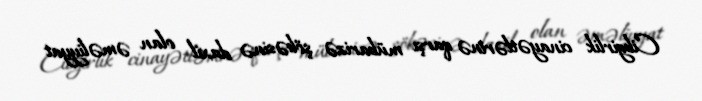
Cibgirlik cinayətlərinə qarşı mübarizə şöbəsinə daxil olan əməliyyat